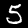
Digit: 5